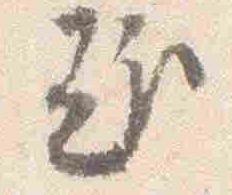
趣